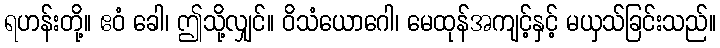
ရဟန်းတို့။ ဧဝံ ခေါ၊ ဤသို့လျှင်။ ဝိသံယောဂေါ၊ မေထုန်အကျင့်နှင့် မယှသ်ခြင်းသည်။